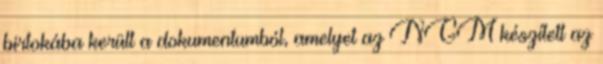
birtokába került a dokumentumból, amelyet az NGM készített az